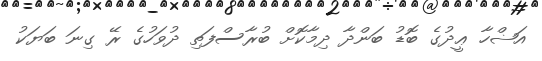
އަޟްހާ ޢީދުގެ ބޮޑު ބަންދާ ދިމާކޮށް ބުރާސްފަތި ދުވަހުގެ ރޭ ގިނަ ބަޔަކު